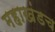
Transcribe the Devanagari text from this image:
महाखंडच